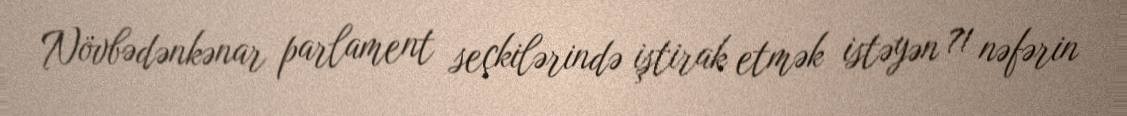
Növbədənkənar parlament seçkilərində iştirak etmək istəyən 71 nəfərin